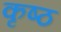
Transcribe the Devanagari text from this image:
कृष्ठ